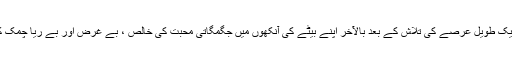
کیونکہ میں نے ایک طویل عرصے کی تلاش کے بعد بالآخر اپنے بیٹے کی آنکھوں میں جگمگاتی محبت کی خالص ، بے غرض اور بے ریا چمک کو پا لیا ہے لیکن۔